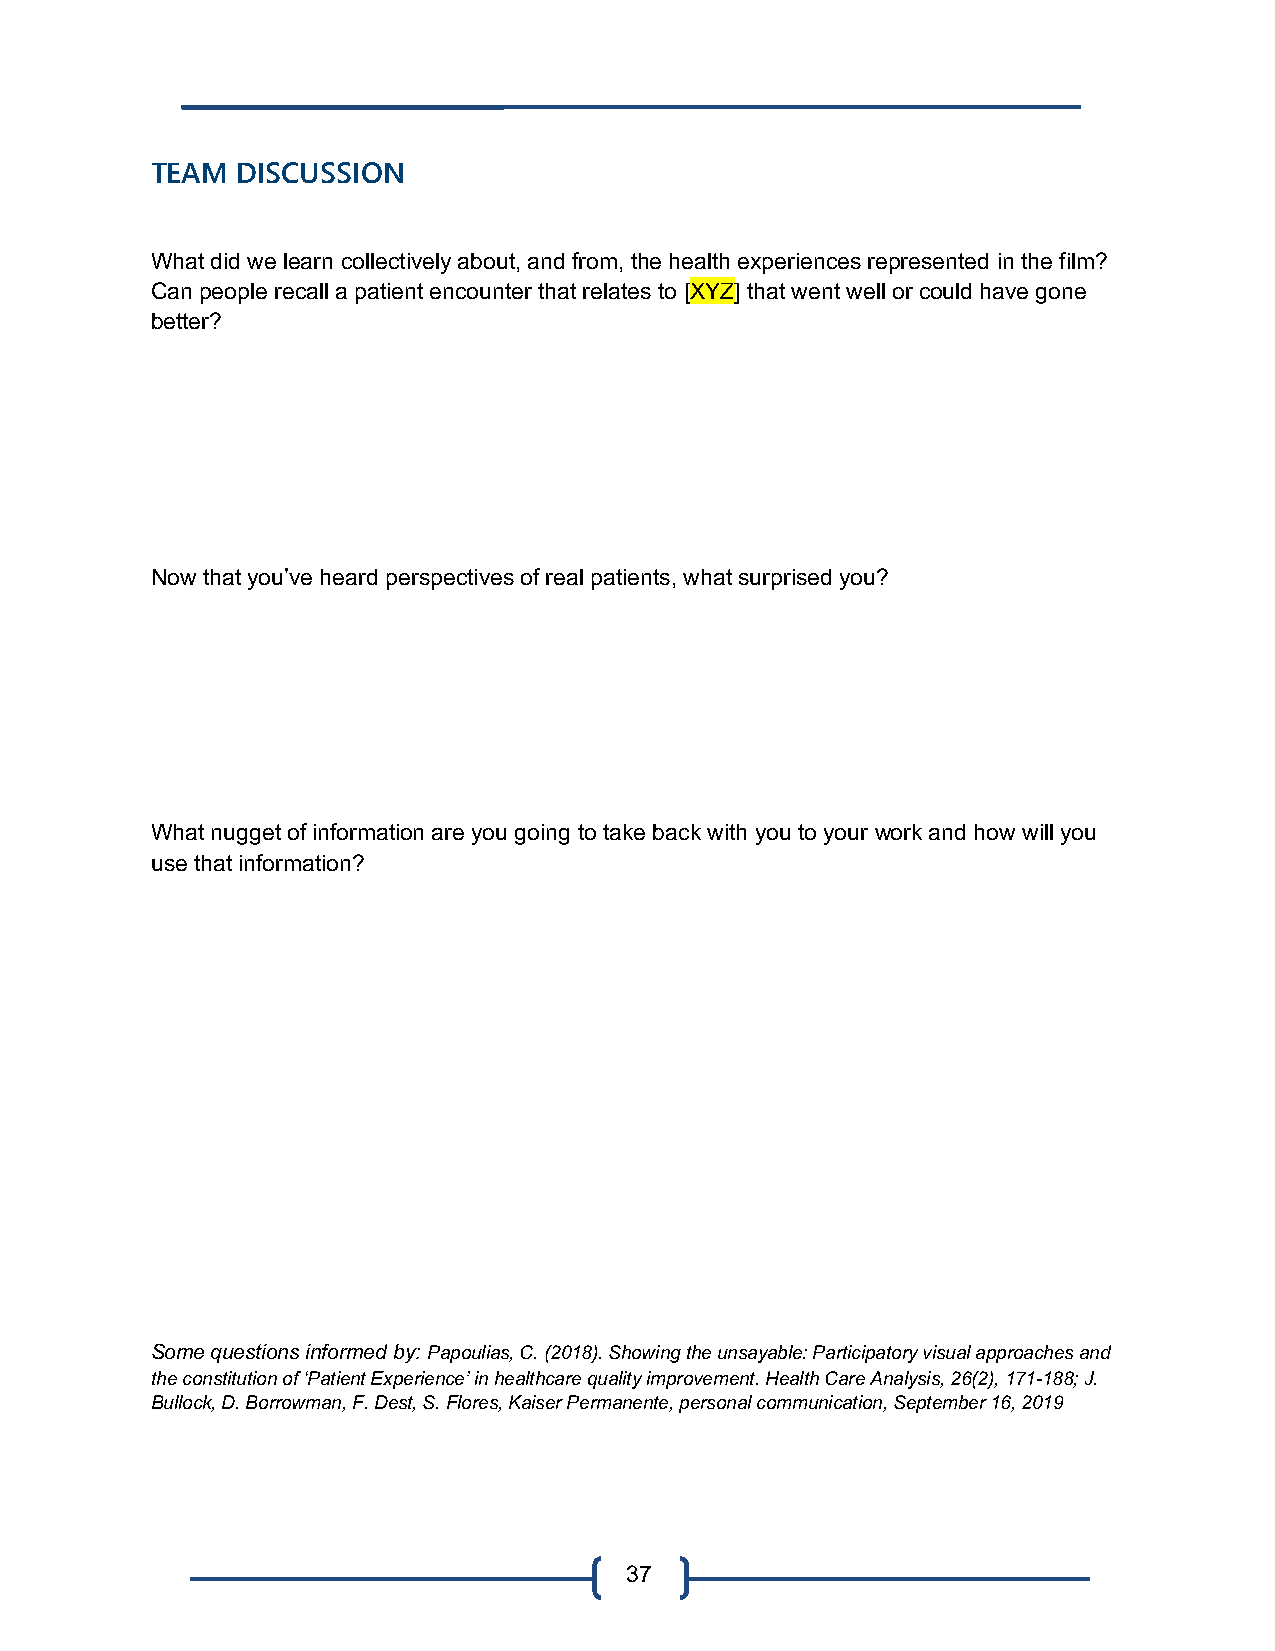
TEAM  DISCUSSION
 What did we learn collectively about, and from, the health experiences represented in the film?
 Can people recall a patient encounter that relates to [XYZ] that went well or could have gone
 better?
 Now that you’ve heard perspectives of real patients, what surprised you?
 What nugget of information are you going to take back with you to your work and how will you
 use that information?
 Some questions informed by: Papoulias, C. (2018). Showing the unsayable: Participatory visual approaches and
 the constitution of ‘Patient Experience’ in healthcare quality improvement. Health Care Analysis, 26(2), 171-188; J.
 Bullock, D. Borrowman, F. Dest, S. Flores, Kaiser Permanente, personal communication, September 16, 2019
 37